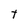
Character: T